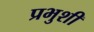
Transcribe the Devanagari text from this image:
प्रभुशी